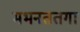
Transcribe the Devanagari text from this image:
मभनततगा